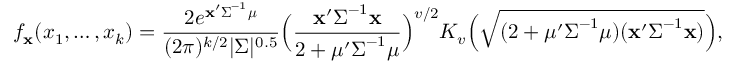
f _ { \mathbf { x } } ( x _ { 1 } , \ldots , x _ { k } ) = { \frac { 2 e ^ { \mathbf { x } ^ { \prime } { \boldsymbol { \Sigma } } ^ { - 1 } { \boldsymbol { \mu } } } } { ( 2 \pi ) ^ { k / 2 } | { \boldsymbol { \Sigma } } | ^ { 0 . 5 } } } { \Big ( } { \frac { \mathbf { x } ^ { \prime } { \boldsymbol { \Sigma } } ^ { - 1 } \mathbf { x } } { 2 + { \boldsymbol { \mu } } ^ { \prime } { \boldsymbol { \Sigma } } ^ { - 1 } { \boldsymbol { \mu } } } } { \Big ) } ^ { v / 2 } K _ { v } { \Big ( } { \sqrt { ( 2 + { \boldsymbol { \mu } } ^ { \prime } { \boldsymbol { \Sigma } } ^ { - 1 } { \boldsymbol { \mu } } ) ( \mathbf { x } ^ { \prime } { \boldsymbol { \Sigma } } ^ { - 1 } \mathbf { x } ) } } { \Big ) } ,